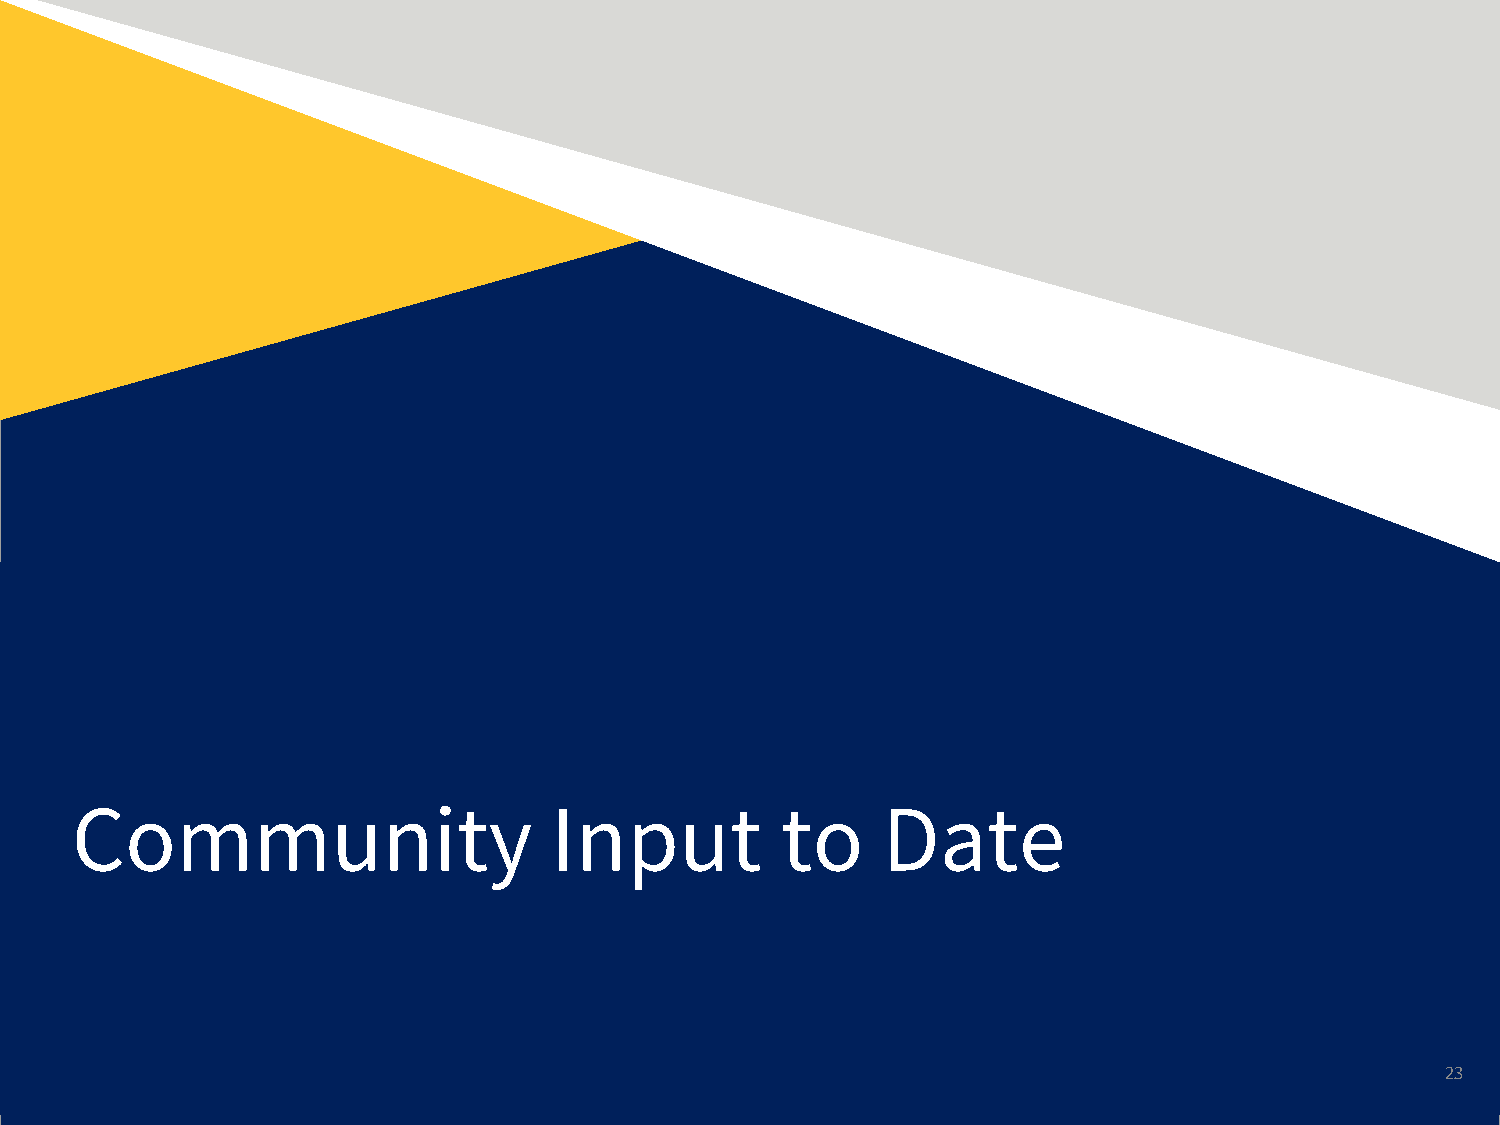
Community                      Input           to    Date
 23